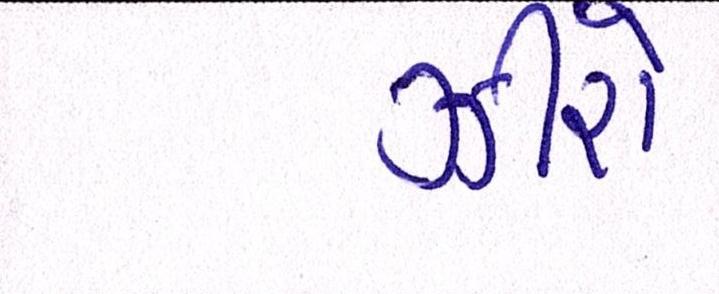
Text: ઝીરો